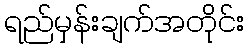
ရည်မှန်းချက်အတိုင်း